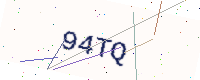
Text: 94TQ